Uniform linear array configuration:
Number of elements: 48
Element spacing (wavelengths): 0.5
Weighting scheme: binomial
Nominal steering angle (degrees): -60
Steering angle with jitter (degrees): -60.707
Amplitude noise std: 0.05
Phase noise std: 0.05

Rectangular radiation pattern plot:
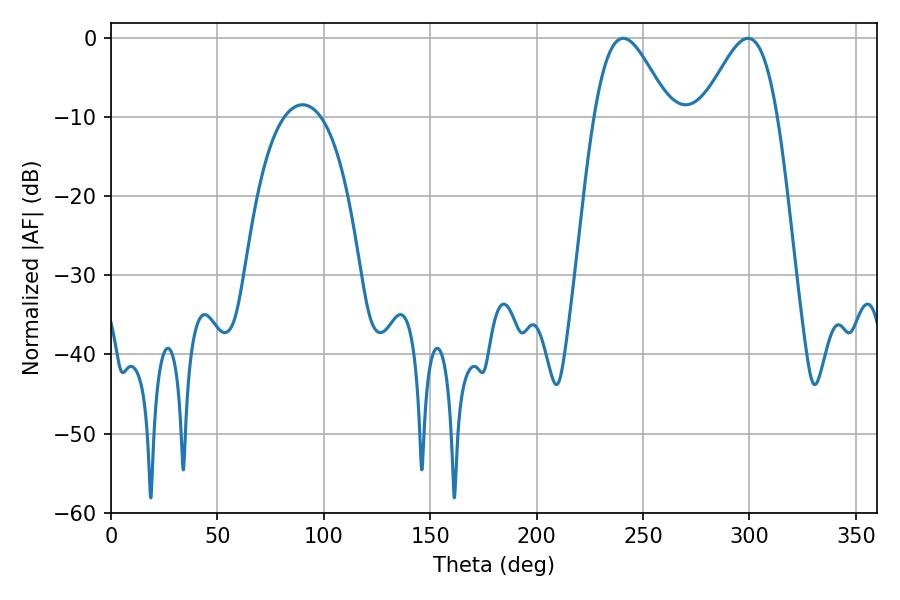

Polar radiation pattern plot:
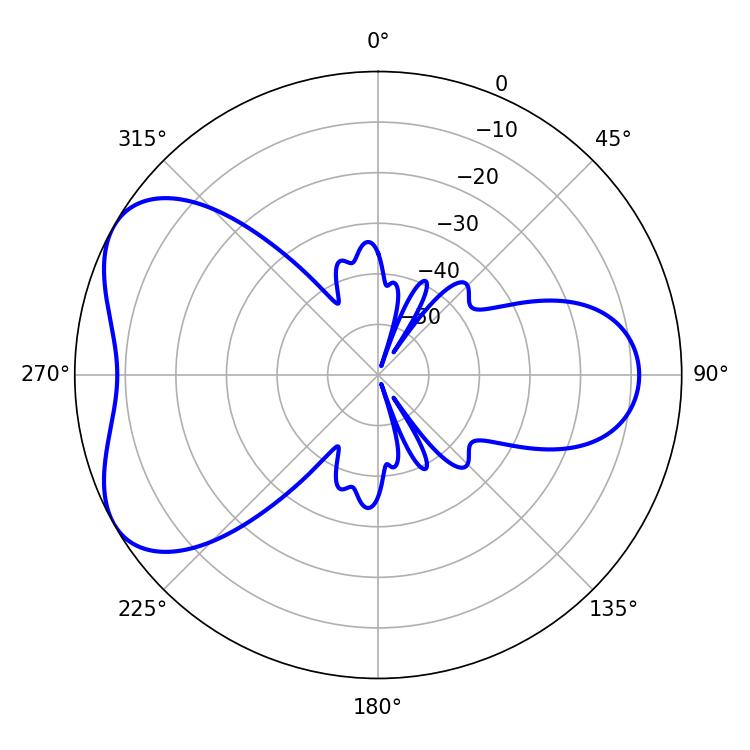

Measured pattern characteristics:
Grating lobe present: FALSE
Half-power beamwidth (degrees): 18.72
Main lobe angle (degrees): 240.66